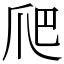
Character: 爬